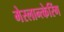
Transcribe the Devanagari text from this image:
मेस्लान्त्केरिंग